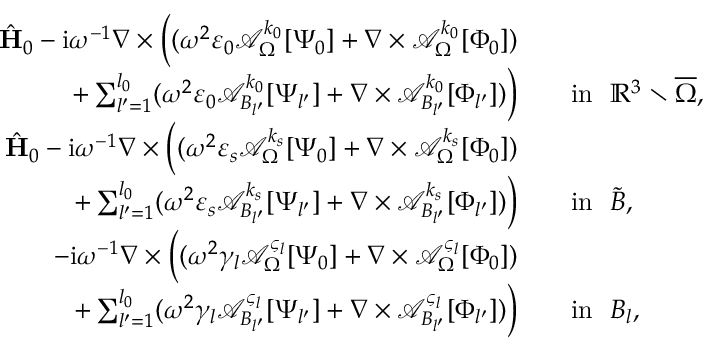
\begin{array} { r l } { \hat { \mathbf { H } } _ { 0 } - \mathrm { i } \omega ^ { - 1 } \nabla \times \Big ( ( \omega ^ { 2 } \varepsilon _ { 0 } \mathcal { A } _ { \Omega } ^ { k _ { 0 } } [ \Psi _ { 0 } ] + \nabla \times \mathcal { A } _ { \Omega } ^ { k _ { 0 } } [ \Phi _ { 0 } ] ) } & { } \\ { + \sum _ { l ^ { \prime } = 1 } ^ { l _ { 0 } } ( \omega ^ { 2 } \varepsilon _ { 0 } \mathcal { A } _ { B _ { l ^ { \prime } } } ^ { k _ { 0 } } [ \Psi _ { l ^ { \prime } } ] + \nabla \times \mathcal { A } _ { B _ { l ^ { \prime } } } ^ { k _ { 0 } } [ \Phi _ { l ^ { \prime } } ] ) \Big ) } & { \quad \mathrm { i n } \ \ \mathbb { R } ^ { 3 } \setminus \overline { \Omega } , } \\ { \hat { \mathbf { H } } _ { 0 } - \mathrm { i } \omega ^ { - 1 } \nabla \times \Big ( ( \omega ^ { 2 } \varepsilon _ { s } \mathcal { A } _ { \Omega } ^ { k _ { s } } [ \Psi _ { 0 } ] + \nabla \times \mathcal { A } _ { \Omega } ^ { k _ { s } } [ \Phi _ { 0 } ] ) } & { } \\ { + \sum _ { l ^ { \prime } = 1 } ^ { l _ { 0 } } ( \omega ^ { 2 } \varepsilon _ { s } \mathcal { A } _ { B _ { l ^ { \prime } } } ^ { k _ { s } } [ \Psi _ { l ^ { \prime } } ] + \nabla \times \mathcal { A } _ { B _ { l ^ { \prime } } } ^ { k _ { s } } [ \Phi _ { l ^ { \prime } } ] ) \Big ) } & { \quad \mathrm { i n } \ \ \tilde { B } , } \\ { - \mathrm { i } \omega ^ { - 1 } \nabla \times \Big ( ( \omega ^ { 2 } \gamma _ { l } \mathcal { A } _ { \Omega } ^ { \varsigma _ { l } } [ \Psi _ { 0 } ] + \nabla \times \mathcal { A } _ { \Omega } ^ { \varsigma _ { l } } [ \Phi _ { 0 } ] ) } & { } \\ { + \sum _ { l ^ { \prime } = 1 } ^ { l _ { 0 } } ( \omega ^ { 2 } \gamma _ { l } \mathcal { A } _ { B _ { l ^ { \prime } } } ^ { \varsigma _ { l } } [ \Psi _ { l ^ { \prime } } ] + \nabla \times \mathcal { A } _ { B _ { l ^ { \prime } } } ^ { \varsigma _ { l } } [ \Phi _ { l ^ { \prime } } ] ) \Big ) } & { \quad \mathrm { i n } \ \ B _ { l } , } \end{array}